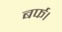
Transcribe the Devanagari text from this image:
बर्फ।